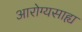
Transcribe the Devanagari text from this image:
आरोग्यसाह्य